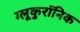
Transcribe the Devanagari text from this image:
ग्लूकुरॉनिक